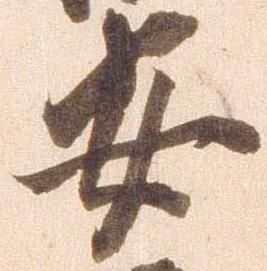
安